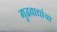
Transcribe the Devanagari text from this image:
गुढवाद्यांचा